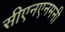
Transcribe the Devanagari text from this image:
सीएनएनमनी